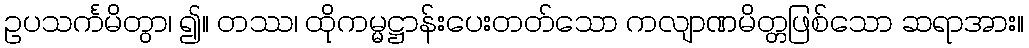
ဥပသင်္ကမိတွာ၊ ၍။ တဿ၊ ထိုကမ္မဋ္ဌာန်းပေးတတ်သော ကလျာဏမိတ္တဖြစ်သော ဆရာအား။